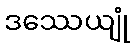
ဒဿေယျုံ